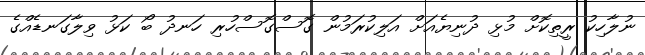
ނުލާހިކު ރީތިކޮށް މުޅި ދުނިޔެއަށް އަލިކުރަމުން ގޮސްގޮސްހުރި ހަނދު ބޯ ކަޅު ވިލާގަނޑެއްގެ